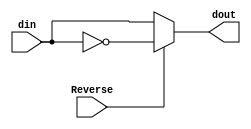
module REVERSE(Reverse,din,dout);
  input Reverse;
  input din;
  
  output dout;
  
  assign dout=(Reverse)?~din:din;
endmodule